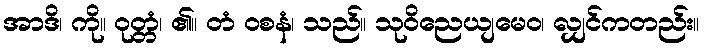
အာဒိ၊ ကို။ ဝုတ္တံ၊ ၏။ တံ ဝစနံ၊ သည်။ သုဝိညေယျမေဝ၊ လျှင်ကတည်း။